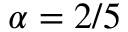
\alpha = 2 / 5